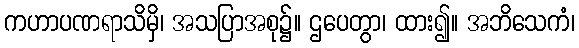
ကဟာပဏရာသိမှိ၊ အသပြာအစု၌။ ဌပေတွာ၊ ထား၍။ အဘိသေကံ၊